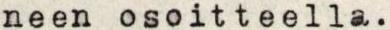
neen osoitteella.